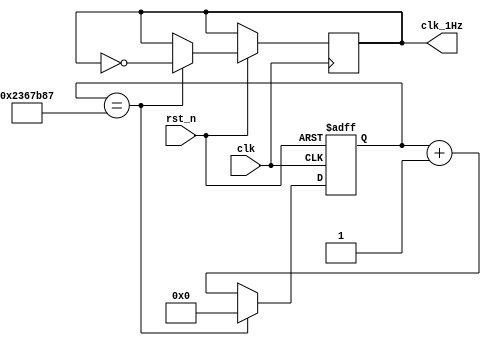
module oneHz_gen (
    input wire clk,     //74.25MHz
    input wire rst_n,   //Active LOW
    output wire clk_1Hz
    );

    reg clk_1Hz_reg = 1'b0;
    reg [25:0] counter_reg;

    always @(posedge clk or negedge rst_n) begin
        if (!rst_n) begin
            counter_reg <= 26'd0;
        end
        else if (counter_reg == 26'd37124999) begin
            counter_reg <= 26'd0;
            clk_1Hz_reg <= ~clk_1Hz_reg;
        end
        else begin
            counter_reg <= counter_reg + 26'd1;
        end
    end
    assign clk_1Hz = clk_1Hz_reg;

endmodule